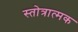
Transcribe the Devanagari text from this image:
स्तोत्रात्मक